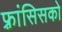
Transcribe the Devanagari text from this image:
फ़्रांसिसको